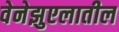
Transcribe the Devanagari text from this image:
वेनेझुएलातील